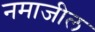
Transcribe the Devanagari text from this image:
नमाजील